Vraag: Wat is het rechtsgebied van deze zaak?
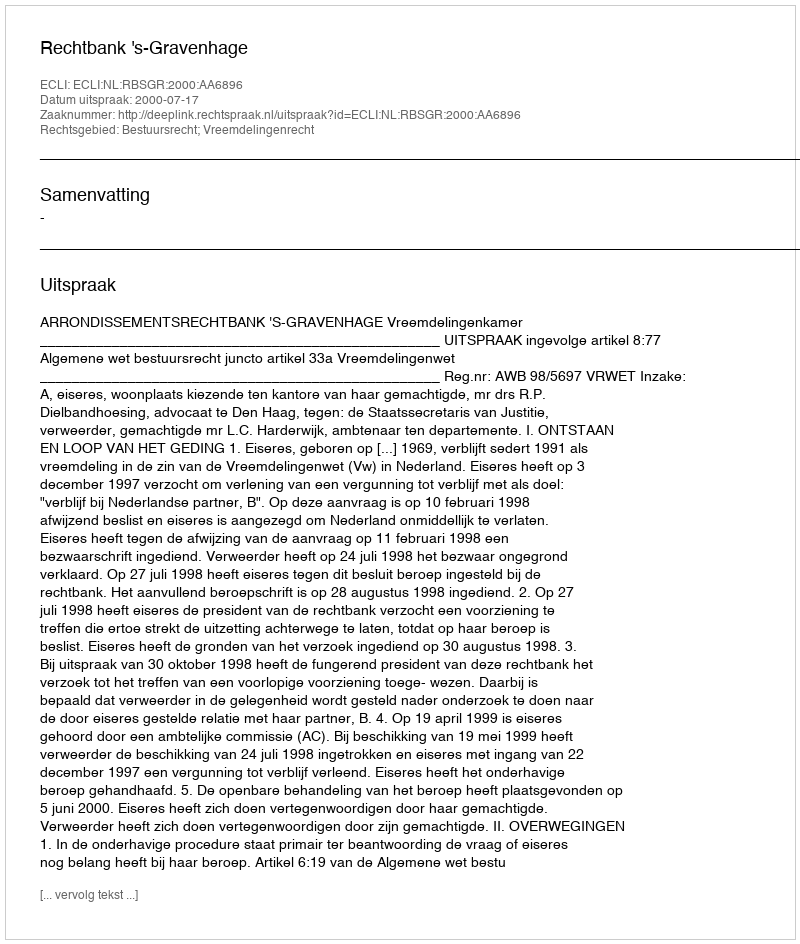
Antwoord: Bestuursrecht; Vreemdelingenrecht